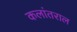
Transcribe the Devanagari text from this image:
कलांतराल